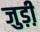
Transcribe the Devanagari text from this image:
जुड़ी़